Scottish Leaving Certificate Examination, 1959
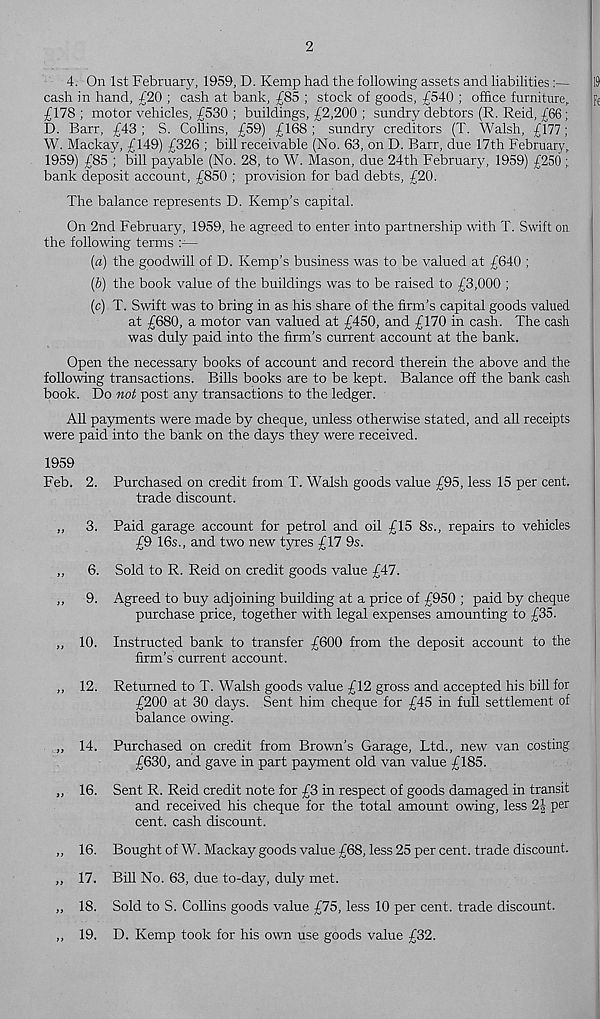
2
4. On 1st February, 1959, D. Kemp had the following assets and liabilities:—
cash in hand, £20 ; cash at bank, £85 ; stock of goods, £540 ; office furniture,
£178; motor vehicles, £530 ; buildings, £2,200 ; sundry debtors (R. Reid, £66 ;
D. Barr, £43 ; S. Collins, £59) £168 ; sundry creditors (T. Walsh, £177;
W. Mackay, £149) £326 ; bill receivable (No. 63, on D. Barr, due 17th February,
1959) £85 ; bill payable (No. 28, to W. Mason, due 24th February, 1959) £250
bank deposit account, £850 ; provision for bad debts, £20.
The balance represents D. Kemp’s capital.
On 2nd February, 1959, he agreed to enter into partnership with T. Swift on
the following terms
(a) the goodwill of D. Kemp’s business was to be valued at £640 ;
(b) the book value of the buildings was to be raised to £3,000 ;
(c) T. Swift was to bring in as his share of the firm’s capital goods valued
at £680, a motor van valued at £450, and £170 in cash. The cash
was duly paid into the firm’s current account at the bank.
Open the necessary books of account and record therein the above and the
following transactions. Bills books are to be kept. Balance off the bank cash
book. Do not post any transactions to the ledger.
All payments were made by cheque, unless otherwise stated, and all receipts
were paid into the bank on the days they were received.
1959
Feb. 2. Purchased on credit from T. Walsh goods value £95, less 15 per cent,
trade discount.
„ 3. Paid garage account for petrol and oil £15 8s., repairs to vehicles
£9 16s., and two new tyres £17 9s.
,, 6. Sold to R. Reid on credit goods value £47.
„ 9. Agreed to buy adjoining building at a price of £950 ; paid by cheque
purchase price, together with legal expenses amounting to £35.
,, 10. Instructed bank to transfer £600 from the deposit account to the
firm’s current account.
,, 12. Returned to T. Walsh goods value £12 gross and accepted his bill for
£200 at 30 days. Sent him cheque for £45 in full settlement of
balance owing.
,, 14. Purchased on credit from Brown’s Garage, Ltd., new van costing
£630, and gave in part payment old van value £185.
„ 16. Sent R. Reid credit note for £3 in respect of goods damaged in transit
and received his cheque for the total amount owing, less 2J per
cent, cash discount.
,, 16. Bought of W. Mackay goods value £68, less 25 per cent, trade discount.
,, 17. Bill No. 63, due to-day, duly met.
„ 18. Sold to S. Collins goods value £75, less 10 per cent, trade discount.
,, 19. D. Kemp took for his own use goods value £32.